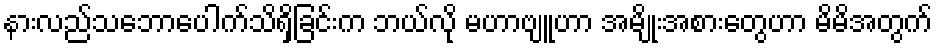
နားလည်သဘောပေါက်သိရှိခြင်းက ဘယ်လို မဟာဗျူဟာ အမျိုးအစားတွေဟာ မိမိအတွက်